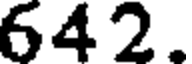
642.